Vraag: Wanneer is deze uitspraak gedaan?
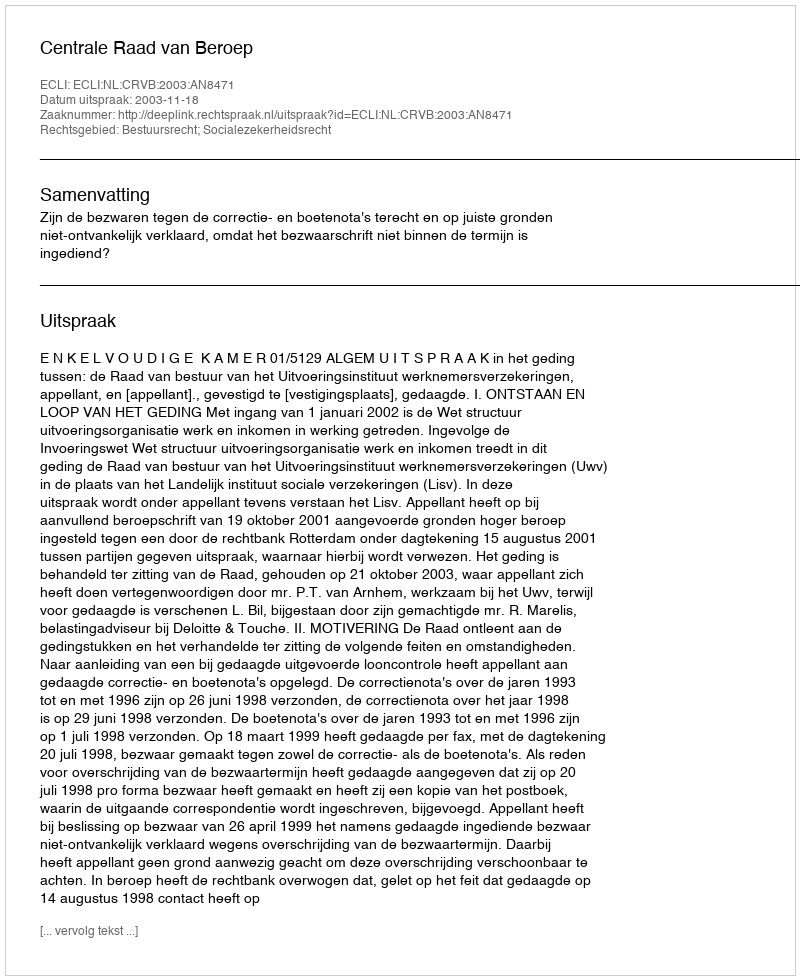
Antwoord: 2003-11-18